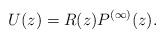
LaTeX: \begin{align*}U(z)=R(z)P^{(\infty)}(z).\end{align*}